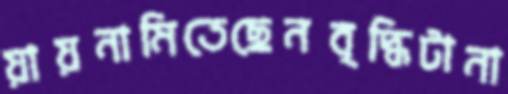
য়ায়নামিতেছেনবৃদ্ধিটানা